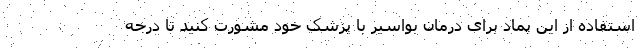
استفاده از این پماد برای درمان بواسیر با پزشک خود مشورت کنید تا درجه